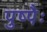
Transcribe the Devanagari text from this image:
पुष्पैः